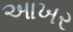
આખર